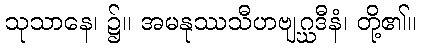
သုသာနေ၊ ၌။ အမနုဿသီဟဗျဂ္ဃဒီနံ၊ တို့၏။